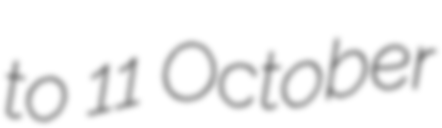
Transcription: to 11 October